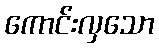
ကောင်းလှသော